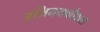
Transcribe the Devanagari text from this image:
अभिनयकौशल